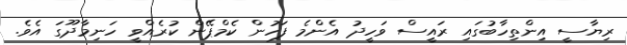
ރިޔާސީ އިންތިހާބުގައި ރައީސް ވަހީދު އެންމެ ފަހުން ކެމްޕޭން ކުރެއްވީ ހަނިމާދޫގަ އެވެ.